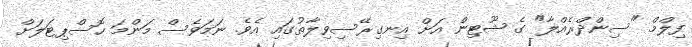
ފިލްމް "ސިންދްރެއްލާ" ގެ ޝޫޓިން އަށް އިނގިރޭސިވިލާތުގައި އެވެ. ނަމަވެސް މަންމަ ހޮސްޕިޓަލަށް